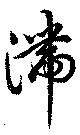
滞